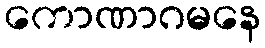
ကောဏာဂမနေ